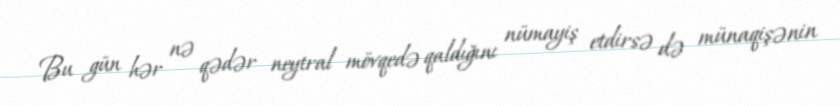
Bu gün hər nə qədər neytral mövqedə qaldığını nümayiş etdirsə də münaqişənin